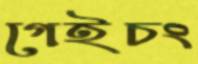
গেইচং